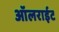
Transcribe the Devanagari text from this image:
ऑलराईट